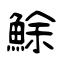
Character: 鮽